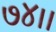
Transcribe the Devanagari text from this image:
७४।।